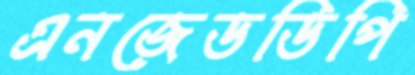
এনজেডডিপি